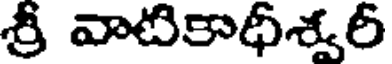
శ్రీ వాటికాధీశ్వరీ